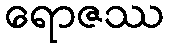
ရောဇဿ